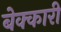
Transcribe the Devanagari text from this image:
बेक्कारी